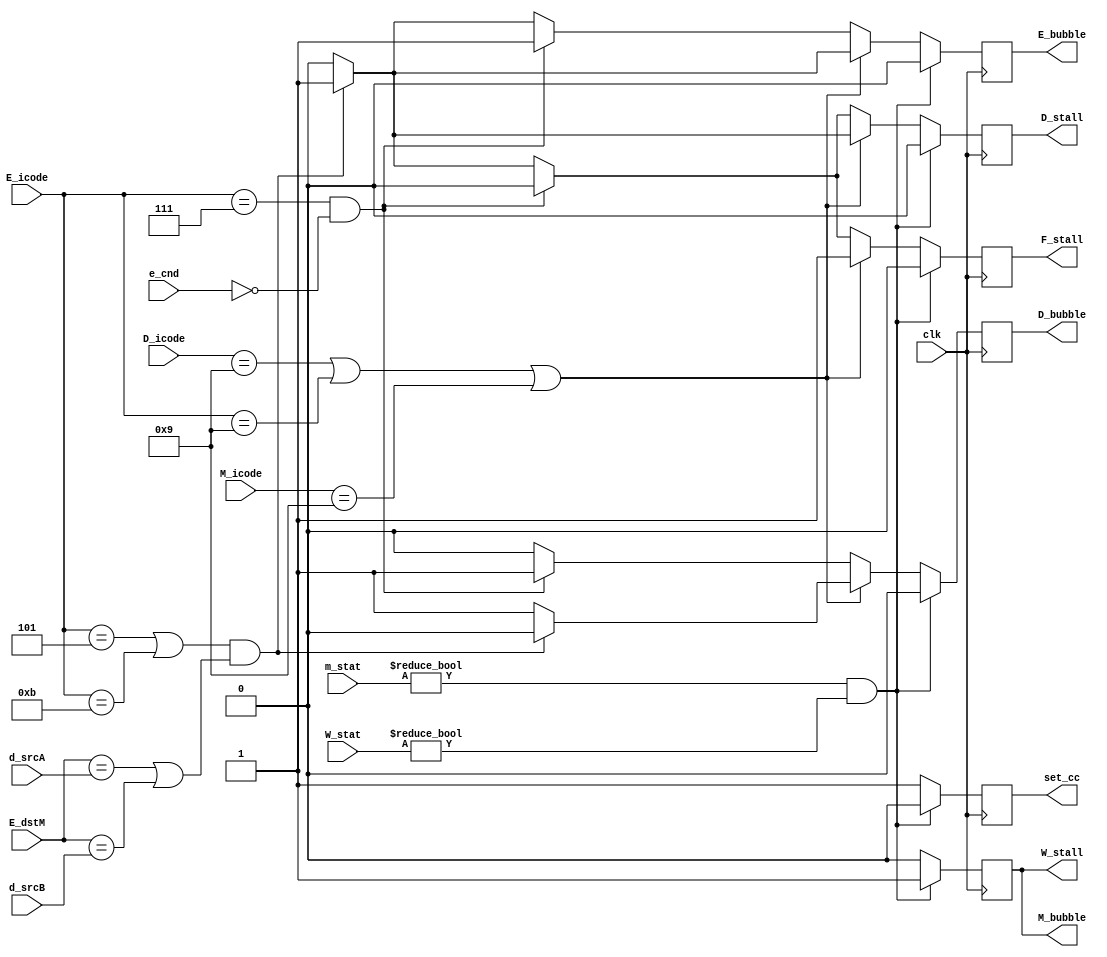
module control(clk, D_icode, E_icode, M_icode, E_dstM, d_srcA, d_srcB, e_cnd, m_stat, W_stat, F_stall, D_bubble, D_stall, E_bubble, M_bubble, W_stall, set_cc);

input [3:0] D_icode, E_icode, M_icode, E_dstM, d_srcA, d_srcB;
input e_cnd, clk;
input [1:0] m_stat, W_stat;

output reg F_stall, D_bubble, D_stall, E_bubble, M_bubble, W_stall, set_cc;

initial begin
    F_stall = 0;
    D_bubble = 0;
    D_stall = 0;
    E_bubble = 0;
    M_bubble = 0;
    W_stall = 0;
    set_cc = 0;
end
always@(posedge(clk))
begin
if (D_icode == 4'h9 || E_icode == 4'h9 || M_icode == 4'h9)
begin
    if (E_icode == 4'h7 && e_cnd != 1'b1)
    begin
        set_cc = 1'b1;
        F_stall = 1'b1;
        D_bubble = 1'b1;
        D_stall = 1'b0;
        E_bubble = 1'b1;
        M_bubble = 1'b0;
        W_stall = 1'b0;
    end

    if ((E_icode == 4'h5 || E_icode == 4'hb)  && (E_dstM == d_srcA || E_dstM == d_srcB))
    begin
        set_cc = 1'b1;
        F_stall = 1'b1;
        D_bubble = 1'b0;
        D_stall = 1'b1;
        E_bubble = 1'b1;
        M_bubble = 1'b0;
        W_stall = 1'b0;
    end

    else
    begin
        set_cc = 1'b1;
        F_stall = 1'b1;
        D_bubble = 1'b1;
        D_stall = 1'b0;
        E_bubble = 1'b0;
        M_bubble = 1'b0;
        W_stall = 1'b0;
    end
end

else if(E_icode == 4'h7 && e_cnd != 1'b1)
begin
    set_cc = 1'b1;
    F_stall = 1'b0;
    D_bubble = 1'b1;
    D_stall = 1'b0;
    E_bubble = 1'b1;
    M_bubble = 1'b0;
    W_stall = 1'b0;
end

else if((E_icode == 4'h5 || E_icode == 4'hb) && ( E_dstM == d_srcA || E_dstM == d_srcB))
begin
    set_cc = 1'b1;
    F_stall = 1'b1;
    D_bubble = 1'b0;
    D_stall = 1'b1;
    E_bubble = 1'b1;
    M_bubble = 1'b0;
    W_stall = 1'b0;
end

else 
begin
    set_cc = 1'b1;
    F_stall = 1'b0;
    D_bubble = 1'b0;
    D_stall = 1'b0;
    E_bubble = 1'b0;
    M_bubble = 1'b0;
    W_stall = 1'b0;
end


if (m_stat != 2'b00 && W_stat != 2'b00)
begin
    set_cc = 1'b0;
    F_stall = 1'b0;
    D_bubble = 1'b0;
    D_stall = 1'b0;
    E_bubble = 1'b0;
    M_bubble = 1'b1;
    W_stall = 1'b1;
end

end
endmodule